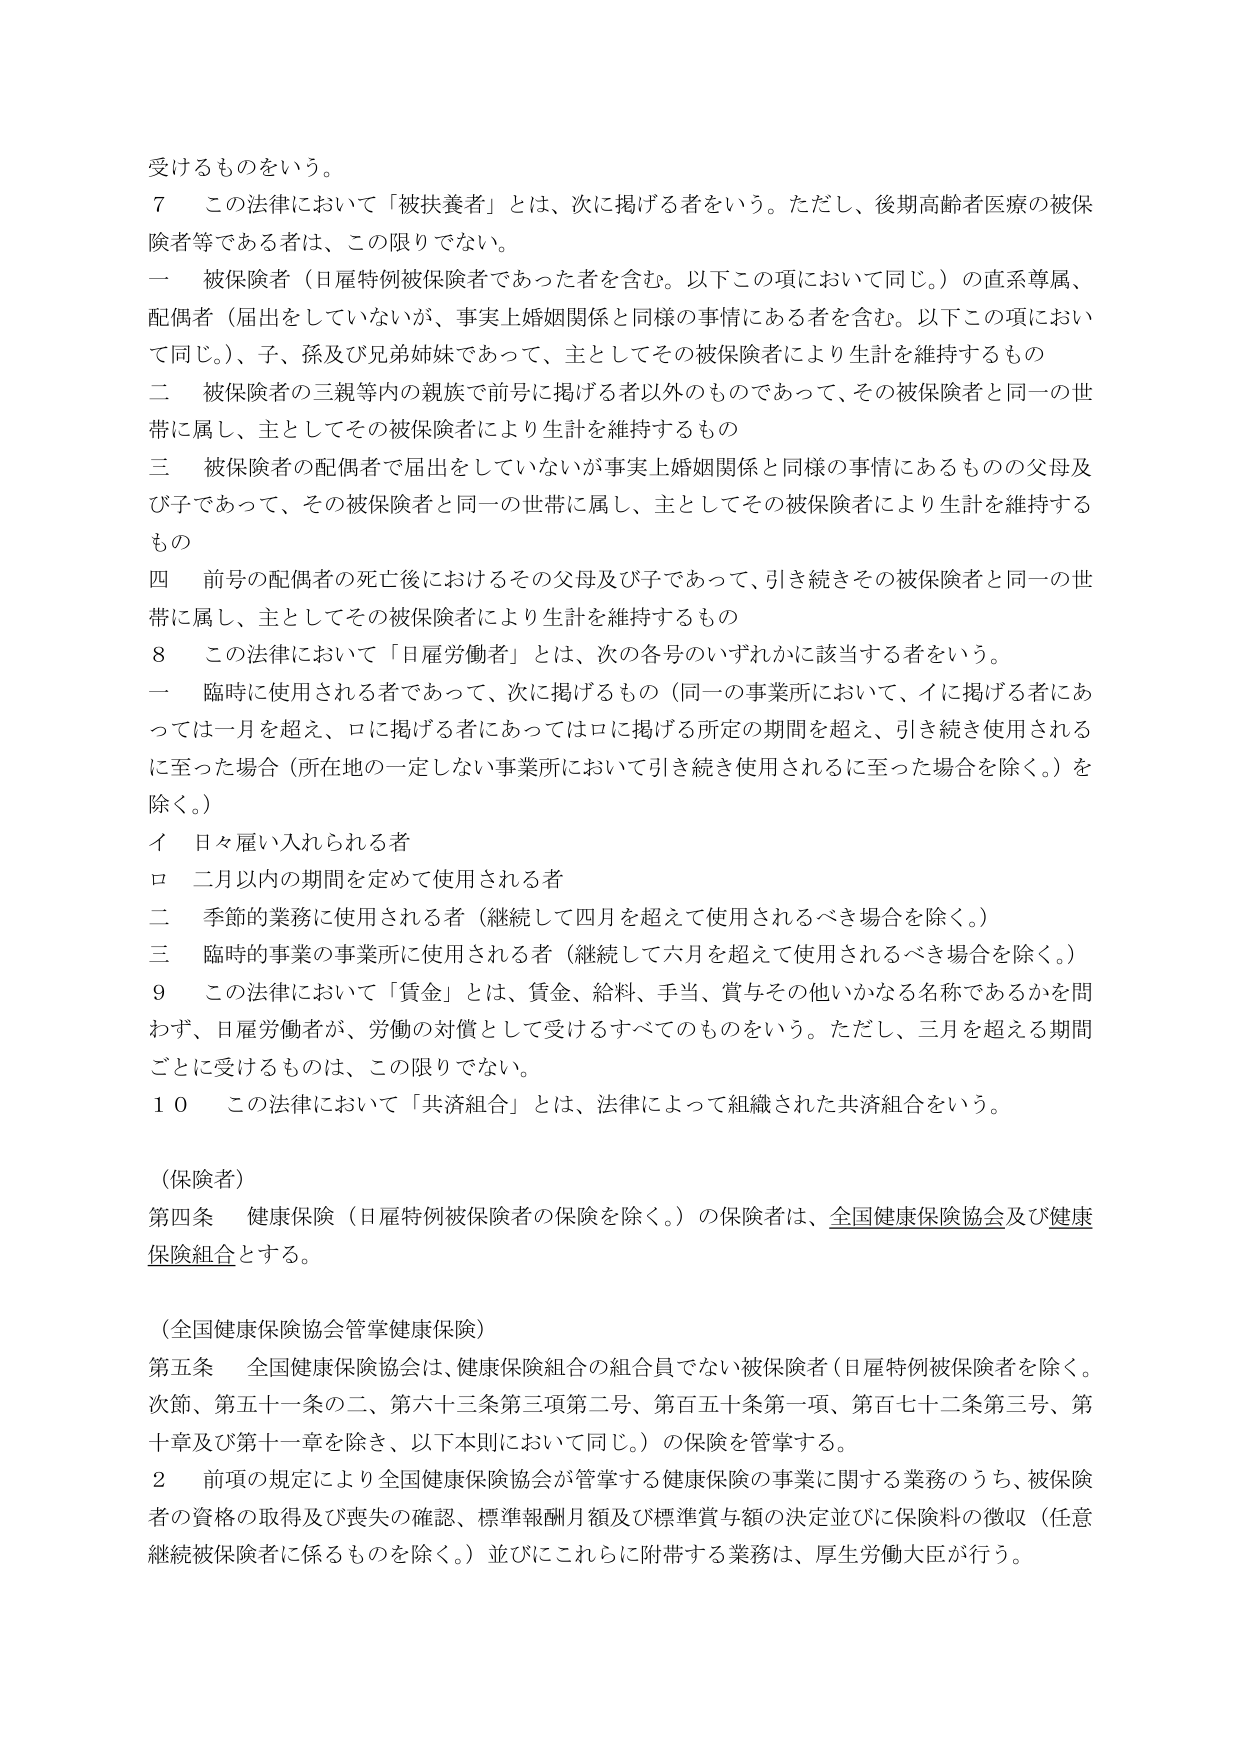
受けるものをいう。

７　この法律において「被扶養者」とは、次に掲げる者をいう。ただし、後期高齢者医療の被保険者等である者は、この限りでない。

一　被保険者（日雇特例被保険者であった者を含む。以下この項において同じ。）の直系尊属、配偶者（届出をしていないが、事実上婚姻関係と同様の事情にある者を含む。以下この項において同じ。）、子、孫及び兄弟姉妹であって、主としてその被保険者により生計を維持するもの

二　被保険者の三親等内の親族で前号に掲げる者以外のものであって、その被保険者と同一の世帯に属し、主としてその被保険者により生計を維持するもの

三　被保険者の配偶者で届出をしていないが事実上婚姻関係と同様の事情にあるものの父母及び子であって、その被保険者と同一の世帯に属し、主としてその被保険者により生計を維持するもの

四　前号の配偶者の死亡後におけるその父母及び子であって、引き続きその被保険者と同一の世帯に属し、主としてその被保険者により生計を維持するもの

８　この法律において「日雇労働者」とは、次の各号のいずれかに該当する者をいう。

一　臨時に使用される者であって、次に掲げるもの（同一の事業所において、イに掲げる者にあっては一月を超え、ロに掲げる者にあってはロに掲げる所定の期間を超え、引き続き使用されるに至った場合（所在地の一定しない事業所において引き続き使用されるに至った場合を除く。）を除く。）

　イ　日々雇い入れられる者

　ロ　二月以内の期間を定めて使用される者

二　季節的業務に使用される者（継続して四月を超えて使用されるべき場合を除く。）

三　臨時の事業の事業所に使用される者（継続して六月を超えて使用されるべき場合を除く。）

９　この法律において「賃金」とは、賃金、給料、手当、賞与その他いかなる名称であるかを問わず、日雇労働者が、労働の対償として受けるすべてのものをいう。ただし、三月を超える期間ごとに受けるものは、この限りでない。

１０　この法律において「共済組合」とは、法律によって組織された共済組合をいう。

（保険者）

第四条　健康保険（日雇特例被保険者の保険を除く。）の保険者は、全国健康保険協会及び健康保険組合とする。

（全国健康保険協会管掌健康保険）

第五条　全国健康保険協会は、健康保険組合の組合員でない被保険者（日雇特例被保険者を除く。次節、第五十一条の二、第六十三条第三項第二号、第百五十条第一項、第百七十二条第三号、第十章及び第十一章を除き、以下本則において同じ。）の保険を管掌する。

２　前項の規定により全国健康保険協会が管掌する健康保険の事業に関する業務のうち、被保険者の資格の取得及び喪失の確認、標準報酬月額及び標準賞与額の決定並びに保険料の徴収（任意継続被保険者に係るものを除く。）並びにこれらに附帯する業務は、厚生労働大臣が行う。